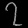
Digit: ၇